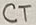
Text: CT